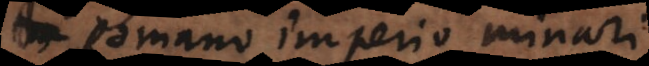
Romano imperio minari.